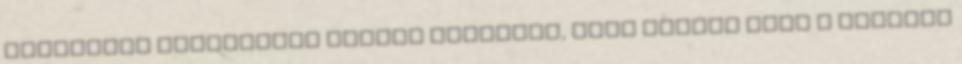
masszából formázzunk kisebb golyókat, majd tegyük bele a levesbe